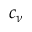
c _ { \nu }